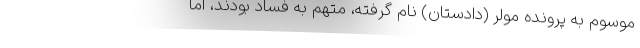
موسوم به پروندهٔ مولر (دادستان) نام گرفته، متهم به فساد بودند، اما